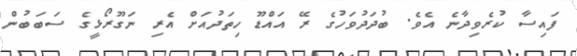
ފައިސާ ކުރެވިދާނެ އެވެ. ބުދަދުވަހުގެ ރޭ އައްޑޫ ހިތަދުއަށް އެރި ނަގޫރޯޅީގެ ސަބަބުން